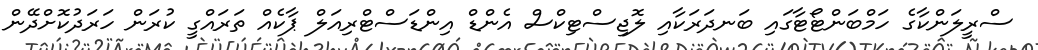
ސްރީލަންކާގެ ހަމްބަންޓޯޓާގައި ބަނދަރަކާއި ލޮޖިސްޓިކްސް އެންޑް އިންޑަސްޓްރިއަލް ޕާކެއް ތަރައްގީ ކުރަން ހަރަދުކޮށްދޭން